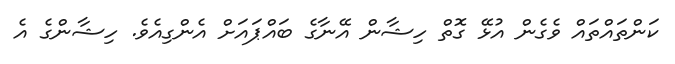
ކަންތައްތައް ވެގެން އުޅޭ ގޮތް ހިޝާން އޭނާގެ ބައްޕައަށް އެންގިއެވެ. ހިޝާންގެ އެ